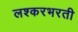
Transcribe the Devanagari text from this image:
लश्करभरती